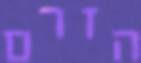
הזרם